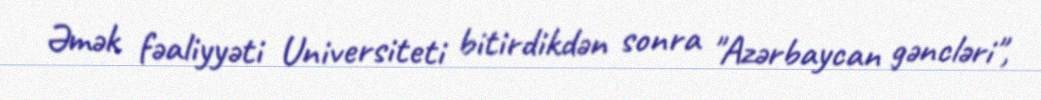
Əmək fəaliyyəti Universiteti bitirdikdən sonra "Azərbaycan gəncləri",